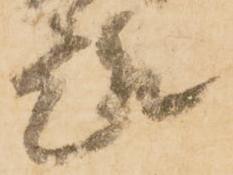
趣